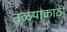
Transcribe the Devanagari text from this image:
तळयाकाठी